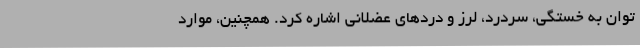
توان به خستگی، سردرد، لرز و دردهای عضلانی اشاره کرد. همچنین، موارد